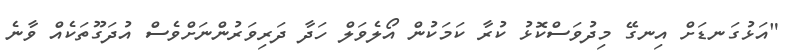
"އަޅުގަނޑަށް އިނގޭ މިދުވަސްކޮޅު ކުރާ ކަމަކުން އޯލެވަލް ހަދާ ދަރިވަރުންނަށްވެސް އުދަގޫތަކެއް ވާނެ